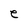
Character: e